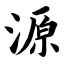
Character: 源